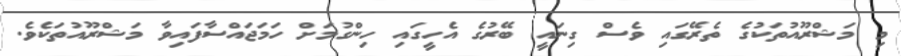
މި މަޝްރޫއުތަކުގެ ތެރޭގައި ވެސް ގިނައީ ބޭރުގެ އެހީގައި ހިންގުމަށް ހަމަޖައްސާފައިވާ މަޝްރޫއުތަކެވެ.